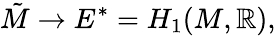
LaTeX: {\tilde{M}}\to E^{*}=H_{1}(M,\mathbb{R}),